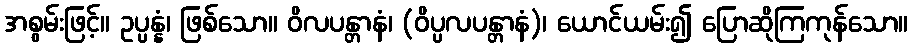
အစွမ်းဖြင့်။ ဥပ္ပန္နံ၊ ဖြစ်သော။ ဝိလပန္တာနံ၊ (ဝိပ္ပလပန္တာနံ)၊ ယောင်ယမ်း၍ ပြောဆိုကြကုန်သော။